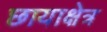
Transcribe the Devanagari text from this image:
छायाक्षेत्र